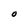
Character: O